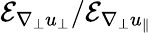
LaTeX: \mathcal{E}_{\nabla_{\perp}u_{\perp}}/\mathcal{E}_{\nabla_{\perp}u_{\| }}